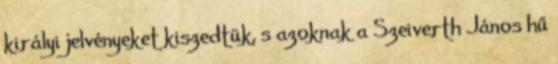
királyi jelvényeket kiszedtük, s azoknak a Szeiverth János hű